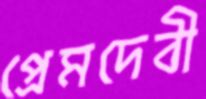
প্রেমদেবী